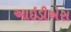
આઇડીએસ